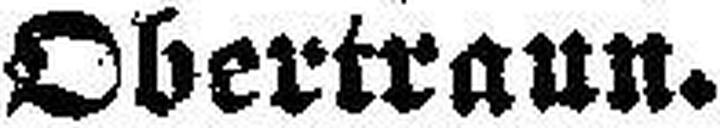
Obertraun.